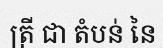
ត្រី ជា តំបន់ នៃ